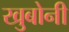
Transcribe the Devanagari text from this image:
खुबोनी